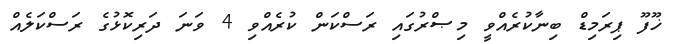
ޚޫފޫ ޕިރަމިޑް ބިނާކުރެއްވީ މިޞްރުގައި ރަސްކަން ކުރެއްވި 4 ވަނަ ދަރިކޮޅުގެ ރަސްކަލެއް